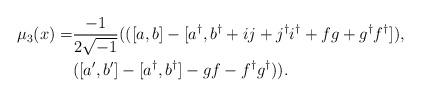
LaTeX: \begin{align*}\mu_3(x) =& \frac{-1}{2\sqrt{-1}}(([a,b]-[a^{\dagger},b^{\dagger}+ij+j^{\dagger}i^{\dagger}+fg+g^{\dagger}f^{\dagger}]), \\& ([a',b']-[a^{\dagger},b^{\dagger}]-gf-f^{\dagger}g^{\dagger})).\end{align*}